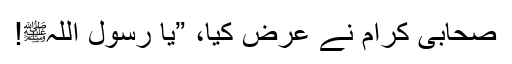
صحابی کرام نے عرض کیا، ”یا رسول اللّٰہﷺ!